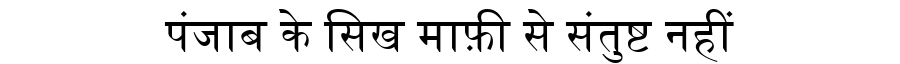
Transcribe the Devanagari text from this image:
पंजाब के सिख माफ़ी से संतुष्ट नहीं